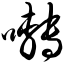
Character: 啭